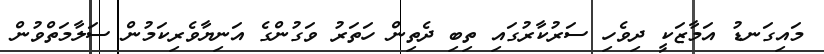
މައިގަނޑު އަމާޒަކީ ދިވެހި ސަރުކާރުގައި ތިބި ދެތިން ހަތަރު ވަގުންގެ އަނިޔާވެރިކަމުން ސަލާމަތްވުން